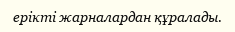
ерікті жарналардан құралады.